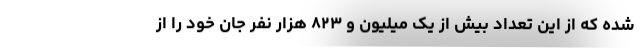
شده که از این تعداد بیش از یک میلیون و ۸۲۳ هزار نفر جان خود را از